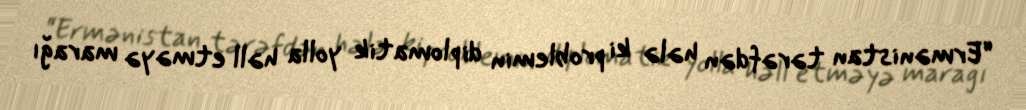
“Ermənistan tərəfdən hələ ki problemin diplomatik yolla həll etməyə marağı